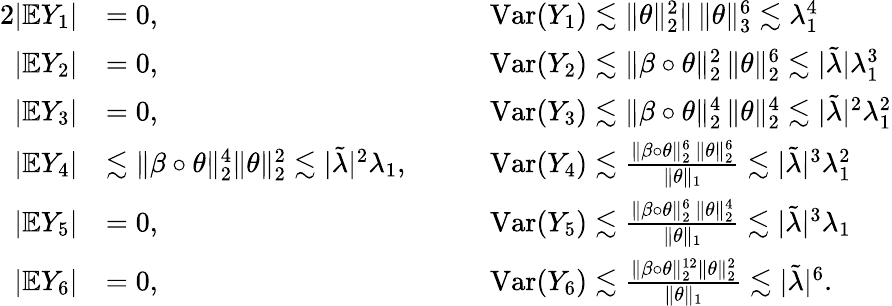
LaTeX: \begin{array}{rlrl}{{2}|\mathbb{E}Y_{1}|}&{=0,\qquad}&&{\mathrm{Var}(Y_{1})\lesssim\| \theta\| _{2}^{2}\| \, \| \theta\| _{3}^{6}\lesssim\lambda_{1}^{4}}\\ {|\mathbb{E}Y_{2}|}&{=0,\quad}&&{\mathrm{Var}(Y_{2})\lesssim\| \beta\circ\theta\| _{2}^{2}\, \| \theta\| _{2}^{6}\lesssim|\tilde{\lambda}|\lambda_{1}^{3}}\\ {|\mathbb{E}Y_{3}|}&{=0,\quad}&&{\mathrm{Var}(Y_{3})\lesssim\| \beta\circ\theta\| _{2}^{4}\, \| \theta\| _{2}^{4}\lesssim|\tilde{\lambda}|^{2}\lambda_{1}^{2}}\\ {|\mathbb{E}Y_{4}|}&{\lesssim\| \beta\circ\theta\| _{2}^{4}\| \theta\| _{2}^{2}\lesssim|\tilde{\lambda}|^{2}\lambda_{1},\quad}&&{\mathrm{Var}(Y_{4})\lesssim\frac{\| \beta\circ\theta\| _{2}^{6}\, \| \theta\| _{2}^{6}}{\| \theta\| _{1}}\lesssim|\tilde{\lambda}|^{3}\lambda_{1}^{2}}\\ {|\mathbb{E}Y_{5}|}&{=0,\quad}&&{\mathrm{Var}(Y_{5})\lesssim\frac{\| \beta\circ\theta\| _{2}^{6}\, \| \theta\| _{2}^{4}}{\| \theta\| _{1}}\lesssim|\tilde{\lambda}|^{3}\lambda_{1}}\\ {|\mathbb{E}Y_{6}|}&{=0,\quad}&&{\mathrm{Var}(Y_{6})\lesssim\frac{\| \beta\circ\theta\| _{2}^{12}\| \theta\| _{2}^{2}}{\| \theta\| _{1}}\lesssim|\tilde{\lambda}|^{6}.}\end{array}